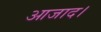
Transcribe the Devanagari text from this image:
आजाद।